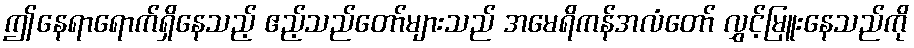
ဤနေရာရောက်ရှိနေသည့် ဧည့်သည်တော်များသည် အမေရိကန်အလံတော် လွှင့်မြူးနေသည်ကို